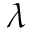
\lambda